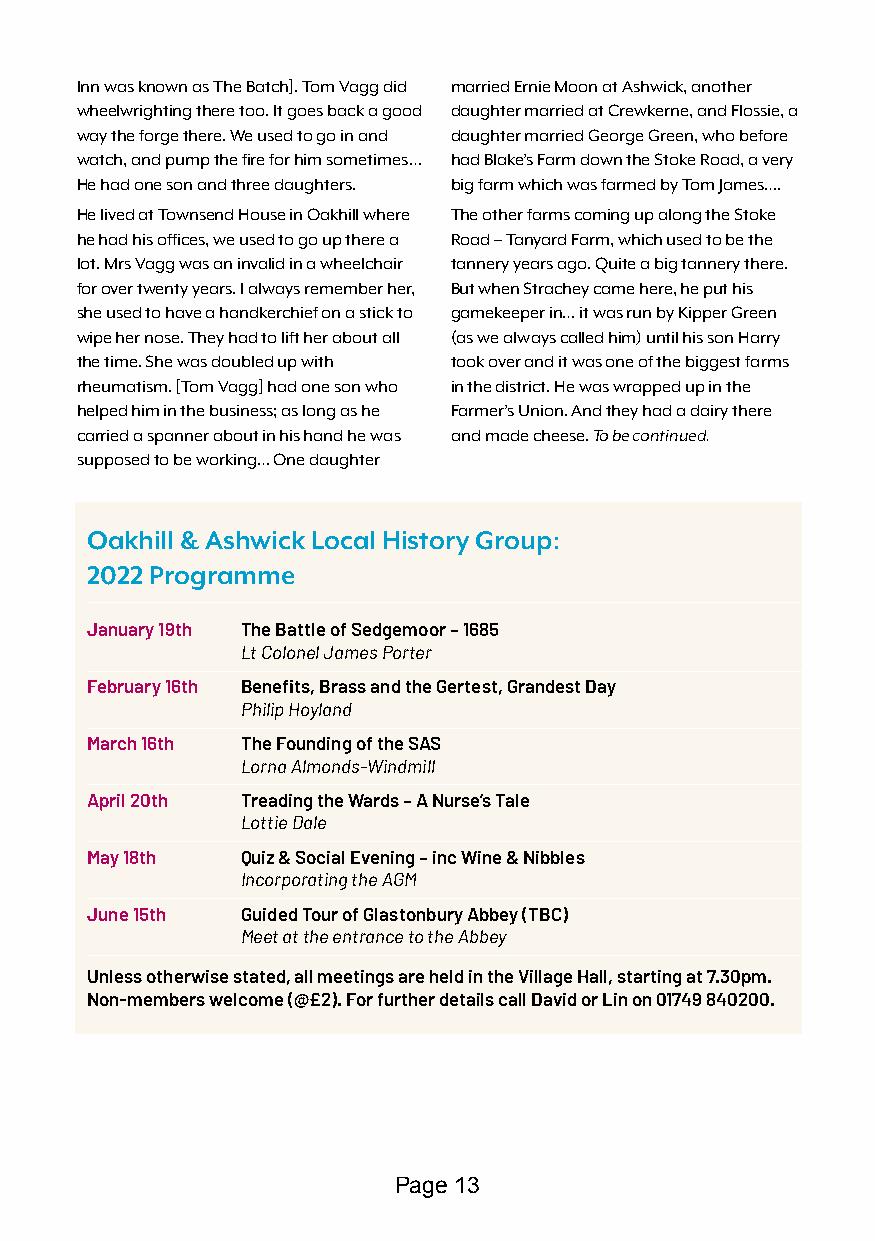
Inn was known as The Batch]. Tom Vagg did married Ernie Moon at Ashwick, another
 wheelwrighting there too. It goes back a good daughter married at Crewkerne, and Flossie, a
 way the forge there. We used to go in and daughter married George Green, who before
 watch, and pump the fire for him sometimes… had Blake’s Farm down the Stoke Road, a very
 He had one son and three daughters. big farm which was farmed by Tom James….
 He lived at Townsend House in Oakhill where The other farms coming up along the Stoke
 he had his offices, we used to go up there a Road – Tanyard Farm, which used to be the
 lot. Mrs Vagg was an invalid in a wheelchair tannery years ago. Quite a big tannery there.
 for over twenty years. I always remember her, But when Strachey came here, he put his
 she used to have a handkerchief on a stick to gamekeeper in… it was run by Kipper Green
 wipe her nose. They had to lift her about all (as we always called him) until his son Harry
 the time. She was doubled up with took over and it was one of the biggest farms
 rheumatism. [Tom Vagg] had one son who in the district. He was wrapped up in the
 helped him in the business; as long as he Farmer’s Union. And they had a dairy there
 carried a spanner about in his hand he was and made cheese. To be continued.
 supposed to be working… One daughter
 Oakhill & Ashwick Local History Group:
 2022 Programme
 January 19th The Battle of Sedgemoor – 1685
 Lt Colonel James Porter
 February 16th Benefits, Brass and the Gertest, Grandest Day
 Philip Hoyland
 March 16th The Founding of the SAS
 Lorna Almonds-Windmill
 April 20th Treading the Wards – A Nurse’s Tale
 Lottie Dale
 May 18th  Quiz & Social Evening – inc Wine & Nibbles
 Incorporating the AGM
 June 15th Guided Tour of Glastonbury Abbey (TBC)
 Meet at the entrance to the Abbey
 Unless otherwise stated, all meetings are held in the Village Hall, starting at 7.30pm.
 Non-members welcome (@£2). For further details call David or Lin on 01749 840200.
 Page 13